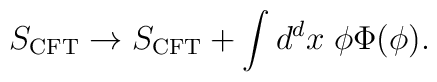
S_{\rm CFT}\to S_{\rm CFT}+\int d^{d}x\; \phi \Phi(\phi) .